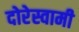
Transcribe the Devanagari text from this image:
दोरेस्वामी